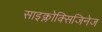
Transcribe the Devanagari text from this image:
साइक्लोक्सिजिनेज